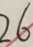
2 6